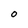
Character: 0